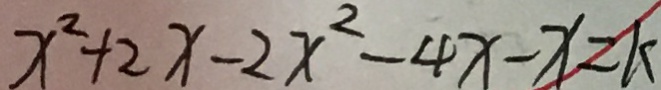
x ^ { 2 } + 2 x - 2 x ^ { 2 } - 4 x - x = k